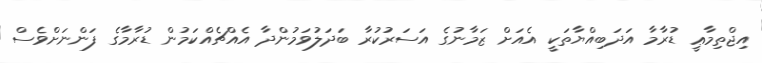
އިޖްތިމާޢީ ޑުރާމާ އަދަބިއްޔާތަކީ އެއަށް ޒަމާނުގެ އަސަރުކުރާ ބަދަލުވަމުންދާ އެއްޗެއްކަމުން ޑުރާމާގެ ފަންނަށްވެސް